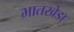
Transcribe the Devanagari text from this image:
भातखेडा